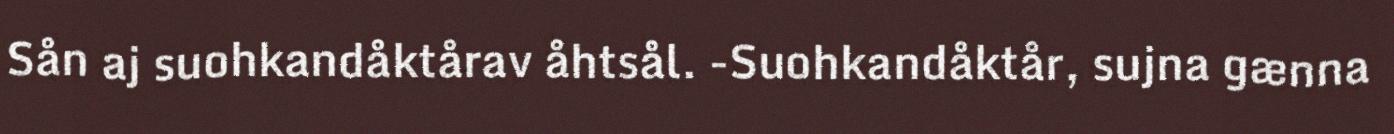
Sån aj suohkandåktårav åhtsål. -Suohkandåktår, sujna gænna